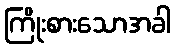
ကြိုးစားသောအခါ